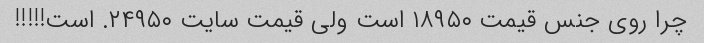
چرا روی جنس قیمت ۱۸۹۵۰ است ولی قیمت سایت ۲۴۹۵۰. است!!!!!